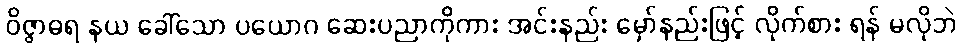
ဝိဇ္ဇာဓရ နယ ခေါ်သော ပယောဂ ဆေးပညာကိုကား အင်းနည်း မှော်နည်းဖြင့် လိုက်စား ရန် မလိုဘဲ